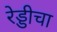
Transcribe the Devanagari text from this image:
रेड्डीचा